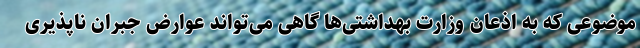
موضوعی که به اذعان وزارت بهداشتی‌ها گاهی می‌تواند عوارض جبران ناپذیری